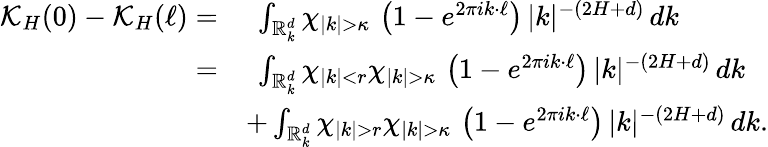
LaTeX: \begin{array}{rl}{\mathcal{K}_{H}(0)-\mathcal{K}_{H}(\ell)=}&{\ \int_{\mathbb R_{k}^{d}}\chi_{|k|>\kappa}\, \left(1-e^{2\pi ik\cdot\ell}\right)\, |k|^{-(2H+d)}\, dk}\\ {=}&{\ \int_{\mathbb R_{k}^{d}}\chi_{|k|<r}\chi_{|k|>\kappa}\, \left(1-e^{2\pi ik\cdot\ell}\right)\, |k|^{-(2H+d)}\, dk}\\ &{+\int_{\mathbb R_{k}^{d}}\chi_{|k|>r}\chi_{|k|>\kappa}\, \left(1-e^{2\pi ik\cdot\ell}\right)\, |k|^{-(2H+d)}\, dk.}\end{array}